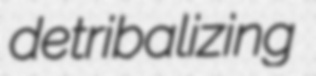
detribalizing